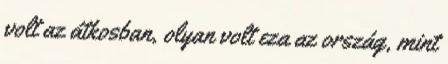
volt az átkosban, olyan volt eza az ország, mint